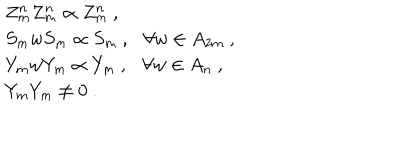
\begin{array} { r c l } { { } } & { { } } & { { Z _ { m } ^ { n } Z _ { m } ^ { n } \propto Z _ { m } ^ { n } ~ , } } \\ { { } } & { { } } & { { S _ { m } w S _ { m } \propto S _ { m } ~ , \forall w \in A _ { 2 m } ~ , } } \\ { { } } & { { } } & { { Y _ { m } w Y _ { m } \propto Y _ { m } ~ , \forall w \in A _ { n } ~ , } } \\ { { } } & { { } } & { { Y _ { m } Y _ { m } \not = 0 ~ . } } \\ \end{array}